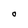
Character: o